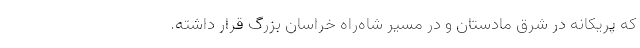
که پریکانه در شرق مادستان و در مسیر شاه‌راه خراسان بزرگ قرار داشته.